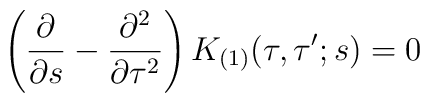
\left(\frac{\partial}{\partial s}-\frac{\partial^2}{\partial\tau^2}\right)K_{(1)}(\tau,\tau';s)=0